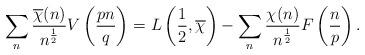
LaTeX: \begin{align*}\sum_n \frac{\overline{\chi}(n)}{n^{\frac{1}{2}}} V \left( \frac{pn}{q}\right) &= L \left( \frac{1}{2},\overline{\chi}\right) -\sum_n \frac{\chi(n)}{n^{\frac{1}{2}}} F \left( \frac{n}{p}\right).\end{align*}